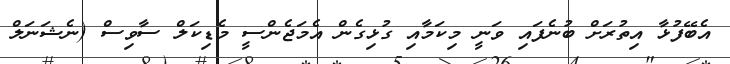
އެބޭފުޅާ އިތުރަށް ބުނެފައި ވަނީ މިކަމާއި ގުޅިގެން އެމަޖެންސީ މެޑިކަލް ސާވިސް (ނެޝަނަލް